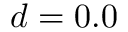
d = 0 . 0